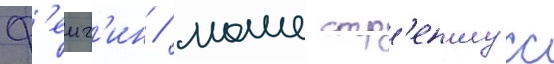
ф'еиг'ин / моше стр'еншусс